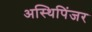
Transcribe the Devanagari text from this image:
अस्थिपिंजर